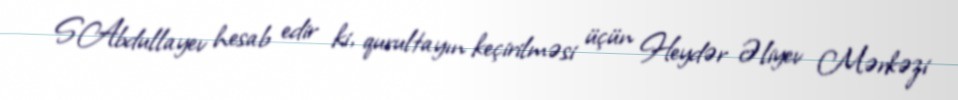
S.Abdullayev hesab edir ki, qurultayın keçirilməsi üçün Heydər Əliyev Mərkəzi